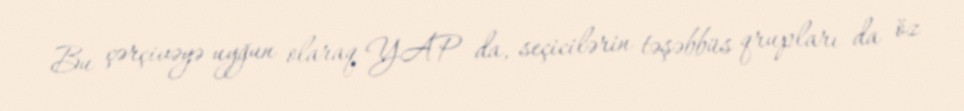
Bu çərçivəyə uyğun olaraq YAP da, seçicilərin təşəbbüs qrupları da öz